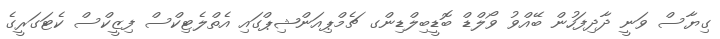
ގިޔާސް ވަނީ ދާދިފަހުން ބޭއްވު ވޯލްޑް ބޮޑީބިލްޑިންގ ޗެމްޕިއަންޝިޕްގައި އެތްލެޓިކްސް ފިޒީކްސް ކެޓަގަރީގެ